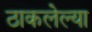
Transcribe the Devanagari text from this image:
ठाकलेल्या